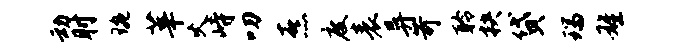
动肘琬莘火峙叨熹度表异苛聆抉贷瑞雄